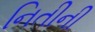
નિતીની